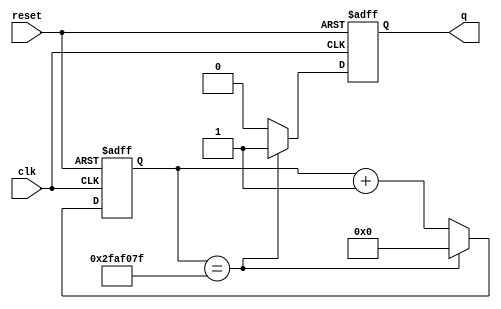
module counter (clk,reset, q);
    parameter n = 50000000;
    input clk, reset;
    output q;
    
    reg q;
    reg [25:0] sysCount;
    initial begin
        sysCount = 0;
    end
    
    always @(posedge clk or posedge reset) begin
        if (reset) begin
            q <= 1'b0;
            sysCount <= 26'b0;
        end
        else if (sysCount == (n-1)) begin
            sysCount <= 26'b0;
            q <= 1'b1;
        end
        else begin
            q <= 1'b0;
            sysCount <= sysCount + 1;
        end
    end
endmodule